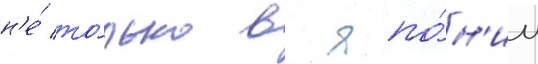
н'е́ то́лько в япо́н'ии